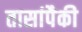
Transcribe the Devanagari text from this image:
तासांपैकी